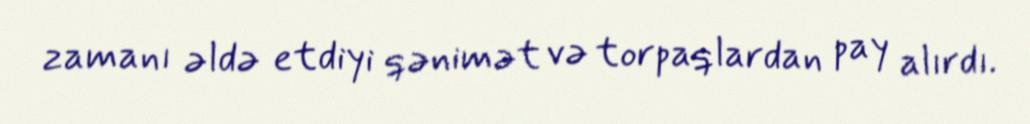
zamanı əldə etdiyi qənimət və torpaqlardan pay alırdı.